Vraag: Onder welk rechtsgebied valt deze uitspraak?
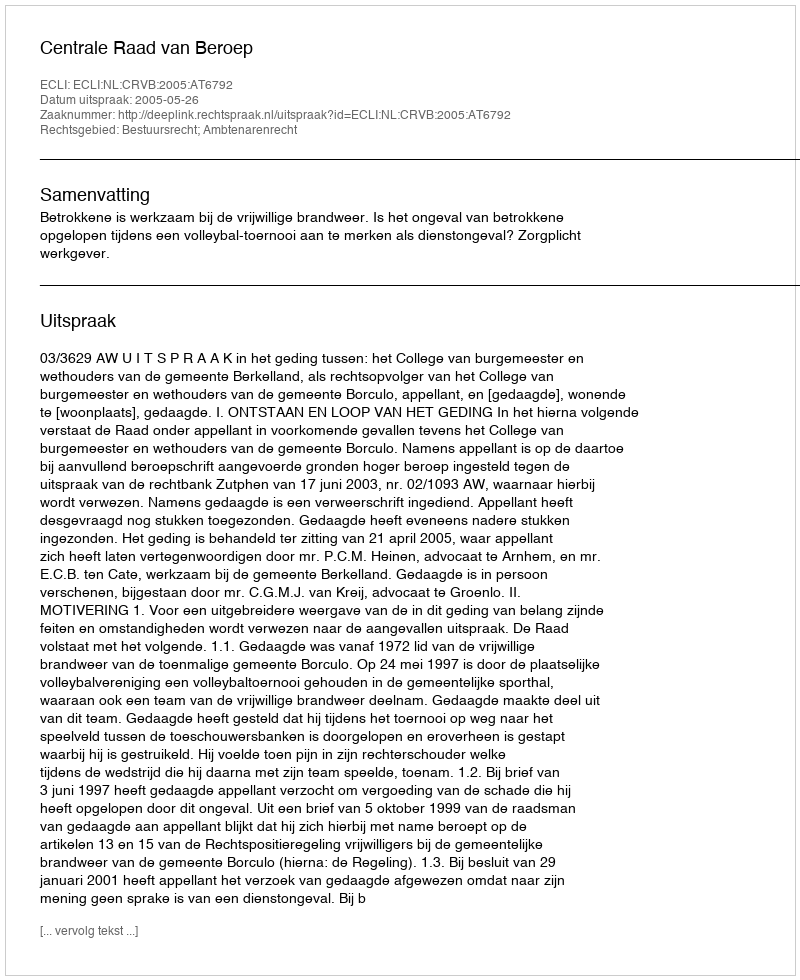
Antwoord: Bestuursrecht; Ambtenarenrecht